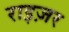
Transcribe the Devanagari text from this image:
राइज़र